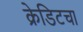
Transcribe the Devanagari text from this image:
क्रेडिटचा